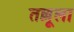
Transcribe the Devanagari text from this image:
तल्लूला